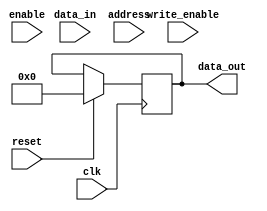
module ddr_sdram (
    input wire clk,
    input wire reset,
    input wire enable,
    input wire [31:0] data_in,
    input wire [9:0] address,
    input wire write_enable,
    output reg [31:0] data_out
);

// Logic for reading/writing data
always @(posedge clk) begin
    if (reset) begin
        data_out <= 32'b0;
    end else begin
        if (enable) begin
            if (write_enable) begin
                // Write data to memory address
                // Implement write logic here
            end else begin
                // Read data from memory address
                // Implement read logic here
            end
        end
    end
end

// Other logic for controlling data transfer rates, managing memory address space, and handling data flow synchronization
// Implement additional logic here

endmodule